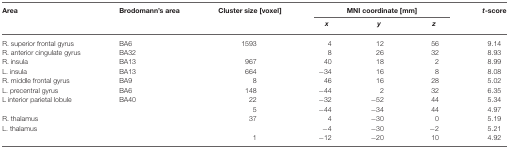
<table><thead><tr><td><b>Area</b></td><td><b>Brodomann’s area</b></td><td><b>Cluster size [voxel]</b></td><td colspan="3"><b>MNI coordinate [mm]</b></td><td><b><i>t</i>-score</b></td></tr><tr><td></td><td></td><td></td><td><b><i>x</i></b></td><td><b><i>y</i></b></td><td><b><i>z</i></b></td></tr></thead><tbody><tr><td>R. superior frontal gyrus</td><td>BA6</td><td>1593</td><td>4</td><td>12</td><td>56</td><td>9.14</td></tr><tr><td>R. anterior cingulate gyrus</td><td>BA32</td><td></td><td>8</td><td>26</td><td>32</td><td>8.93</td></tr><tr><td>R. insula</td><td>BA13</td><td>967</td><td>40</td><td>18</td><td>2</td><td>8.99</td></tr><tr><td>L. insula</td><td>BA13</td><td>664</td><td>−34</td><td>16</td><td>8</td><td>8.08</td></tr><tr><td>R. middle frontal gyrus</td><td>BA9</td><td>8</td><td>46</td><td>16</td><td>28</td><td>5.02</td></tr><tr><td>L. precentral gyrus</td><td>BA6</td><td>148</td><td>−44</td><td>2</td><td>32</td><td>6.35</td></tr><tr><td>L interior parietal lobule</td><td>BA40</td><td>22</td><td>−32</td><td>−52</td><td>44</td><td>5.34</td></tr><tr><td></td><td></td><td>5</td><td>−44</td><td>−34</td><td>44</td><td>4.97</td></tr><tr><td>R. thalamus</td><td></td><td>37</td><td>4</td><td>−30</td><td>0</td><td>5.19</td></tr><tr><td>L. thalamus</td><td></td><td></td><td>−4</td><td>−30</td><td>−2</td><td>5.21</td></tr><tr><td></td><td></td><td>1</td><td>−12</td><td>−20</td><td>10</td><td>4.92</td></tr></tbody></table>